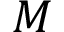
M